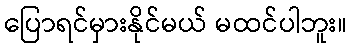
ပြောရင်မှားနိုင်မယ် မထင်ပါဘူး။